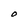
Character: O